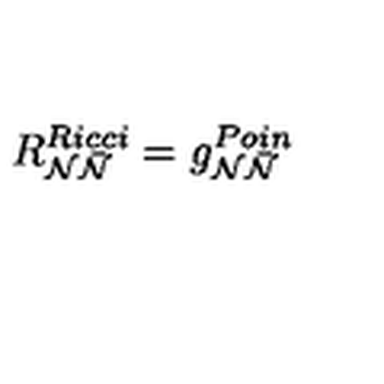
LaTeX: R _ { { { \cal N } } { \bar { { \cal N } } } } ^ { R i c c i } = g _ { { { \cal N } } { { \bar { \cal N } } } } ^ { P o i n }